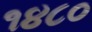
૧૪૮૦